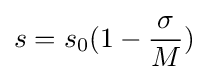
s=s_{0}(1-{\frac {\sigma }{M}})